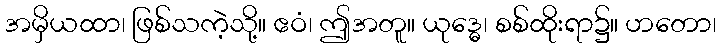
အမှိယထာ၊ ဖြစ်သကဲ့သို့။ ဧဝံ၊ ဤအတူ။ ယုဒ္ဓေ၊ စစ်ထိုးရာ၌။ ဟတော၊